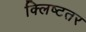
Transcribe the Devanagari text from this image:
क्लिष्टतर